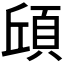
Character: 𮨆